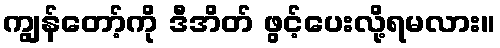
ကျွန်တော့်ကို ဒီအိတ် ဖွင့်ပေးလို့ရမလား။